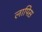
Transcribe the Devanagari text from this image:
लापिस